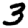
Digit: 3